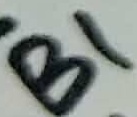
Text: B1